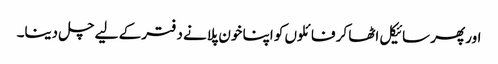
اور پھر سائیکل اٹھا کر فائلوں کو اپنا خون پلانے دفتر کے لیے چل دینا۔